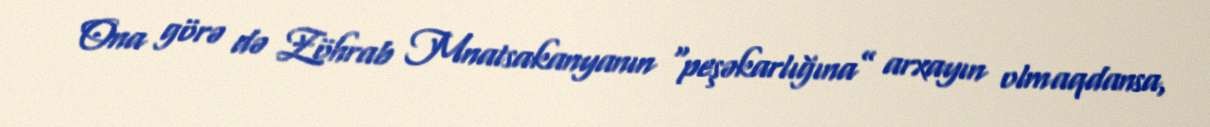
Ona görə də Zöhrab Mnatsakanyanın “peşəkarlığına” arxayın olmaqdansa,